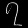
Digit: ၇